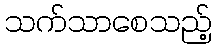
သက်သာစေသည့်